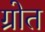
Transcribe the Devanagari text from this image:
ग्रोत